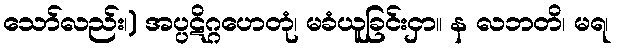
သော်လည်း၊) အပ္ပဋိဂ္ဂဟေတုံ၊ မခံယူခြင်းငှာ။ န လဘတိ၊ မရ၊